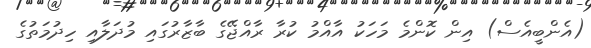
(އެންބީއެސް) އިން ކޮންމެ މަހަކު އާއްމު ކުރާ ރާއްޖޭގެ ބާޒާރުގައި މުދަލާއި ހިދުމަތުގެ